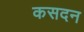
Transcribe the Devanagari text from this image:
कसदन